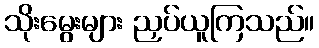
သိုးမွေးများ ညှပ်ယူကြသည်။